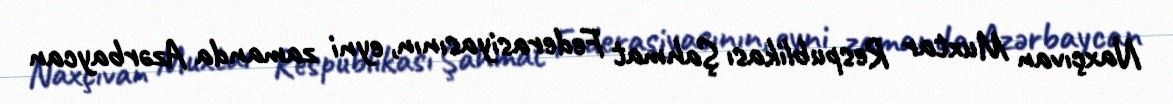
Naxçıvan Muxtar Respublikası Şahmat Federasiyasının, eyni zamanda Azərbaycan